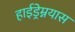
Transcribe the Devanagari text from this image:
हाईड्रेम्नयास